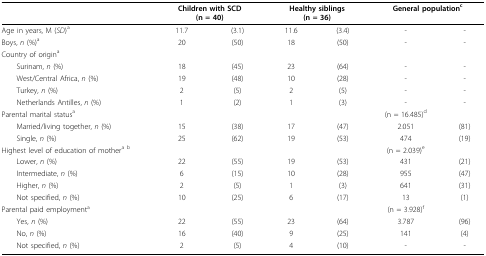
|  | <COLSPAN=2> Children with SCD(n = 40) | <COLSPAN=2> Healthy siblings(n = 36) | <COLSPAN=2> General population c |
 | --- | --- | --- | --- | --- | --- | --- |
 | Age in years, M (SD) a | 11.7 | (3.1) | 11.6 | (3.4) | - | - |
 | Boys, n (%) a | 20 | (50) | 18 | (50) | - | - |
 | Country of origin a |  |  |  |  |  |  |
 | Surinam, n (%) | 18 | (45) | 23 | (64) | - | - |
 | West/Central Africa, n (%) | 19 | (48) | 10 | (28) | - | - |
 | Turkey, n (%) | 2 | (5) | 2 | (5) | - | - |
 | Netherlands Antilles, n (%) | 1 | (2) | 1 | (3) | - | - |
 | Parental marital status a |  |  |  |  | (n = 16.485) d |  |
 | Married/living together, n (%) | 15 | (38) | 17 | (47) | 2.051 | (81) |
 | Single, n (%) | 25 | (62) | 19 | (53) | 474 | (19) |
 | Highest level of education of mother a b |  |  |  |  | (n = 2.039) e |  |
 | Lower, n (%) | 22 | (55) | 19 | (53) | 431 | (21) |
 | Intermediate, n (%) | 6 | (15) | 10 | (28) | 955 | (47) |
 | Higher, n (%) | 2 | (5) | 1 | (3) | 641 | (31) |
 | Not specified, n (%) | 10 | (25) | 6 | (17) | 13 | (1) |
 | Parental paid employment a |  |  |  |  | (n = 3.928) f |  |
 | Yes, n (%) | 22 | (55) | 23 | (64) | 3.787 | (96) |
 | No, n (%) | 16 | (40) | 9 | (25) | 141 | (4) |
 | Not specified, n (%) | 2 | (5) | 4 | (10) | - | - |